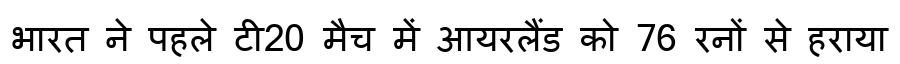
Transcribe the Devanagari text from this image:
भारत ने पहले टी20 मैच में आयरलैंड को 76 रनों से हराया